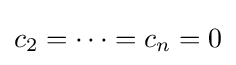
c_{2}=\cdots =c_{n}=0